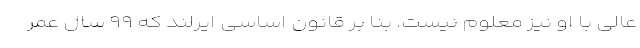
عالی با او نیز معلوم نیست. بنا بر قانون اساسی ایرلند که ۹۹ سال عمر